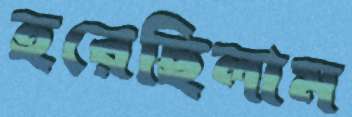
হরেছিলাম